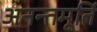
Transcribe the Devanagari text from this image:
अनन्तमूर्ति